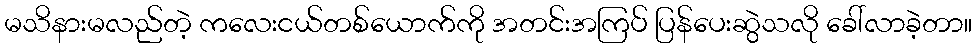
မသိနားမလည်တဲ့ ကလေးငယ်တစ်ယောက်ကို အတင်းအကြပ် ပြန်ပေးဆွဲသလို ခေါ်လာခဲ့တာ။